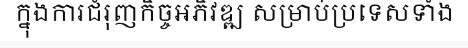
ក្នុងការជំរុញកិច្ចអភិវឌ្ឍ សម្រាប់ប្រទេសទាំង